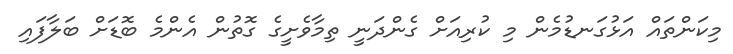
މިކަންތައް އަޅުގަނޑުމެން މި ކުރިއަށް ގެންދަނީ ތިމާވެށީގެ ގޮތުން އެންމެ ބޮޑަށް ބަލާފައި